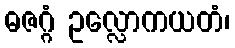
ဓဇဂ္ဂံ ဥလ္လောကယတံ၊